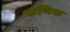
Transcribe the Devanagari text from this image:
फणिक